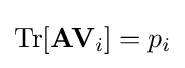
\mathrm {Tr} [\mathbf {A} \mathbf {V} _{i}]=p_{i}